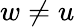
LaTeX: w\ne u